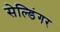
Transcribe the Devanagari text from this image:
सेल्डिंगर